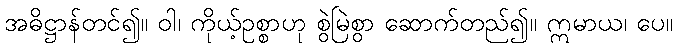
အဓိဋ္ဌာန်တင်၍။ ဝါ၊ ကိုယ့်ဥစ္စာဟု စွဲမြဲစွာ ဆောက်တည်၍။ ဣမာယ၊ ပေ။